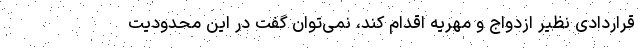
قراردادی نظیر ازدواج و مهریه اقدام کند، نمی‌توان گفت در این محدودیت